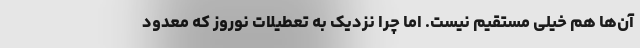
آن‌ها هم خیلی مستقیم نیست. اما چرا نزدیک به تعطیلات نوروز که معدود